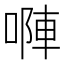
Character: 𠻆